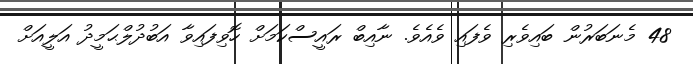
48 މެނަބަރުން ބައިވެރި ވެފައި ވެއެވެ. ނާއިބް ރައީސްކަމަށް ހޮވިފައިވާ އަބުދުލްޙަމީދު އަލީއަށް